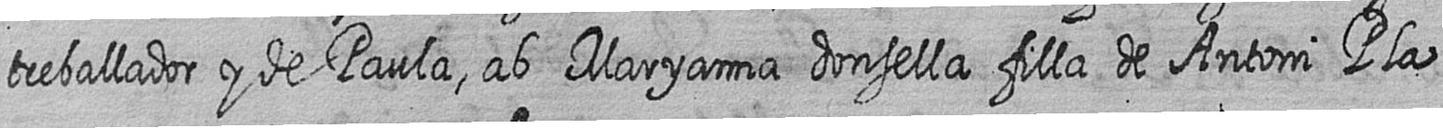
treballador y de Paula ab Maryanna donsella filla de Antoni Pla